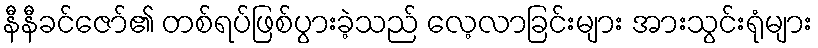
နီနီခင်ဇော်၏ တစ်ရပ်ဖြစ်ပွားခဲ့သည် လေ့လာခြင်းများ အားသွင်းရုံများ